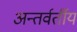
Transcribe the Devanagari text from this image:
अन्‍तर्वर्तीय